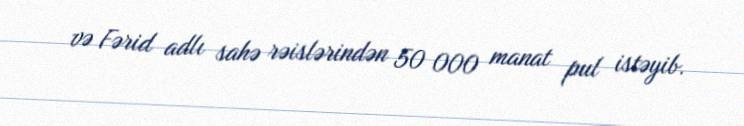
və Fərid adlı sahə rəislərindən 50 000 manat pul istəyib.